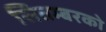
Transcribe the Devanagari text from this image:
सितम्बरको